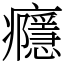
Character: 癮